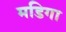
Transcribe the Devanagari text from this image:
मडिगा